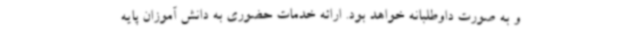
و به صورت داوطلبانه خواهد بود. ارائه خدمات حضوری به دانش آموزان پایه